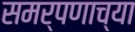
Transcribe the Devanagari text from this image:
समर्पणाच्या